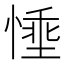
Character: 𪬗